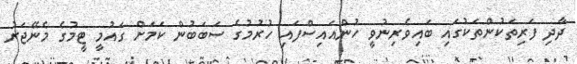
ދާދި ފަރިތަކުންތަކުގައި ބައިވެރިނުވީ ހުންއައިސްފައި ހުރުމުގެ ސަބަބުން ކަމަށް ގައުމީ ޓީމުގެ މެނޭޖަރު